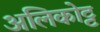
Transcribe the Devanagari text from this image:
अलिकोट्ट